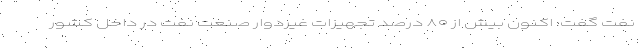
نفت گفت: اکنون بیش از ۸۰ درصد تجهیزات غیردوار صنعت نفت در داخل کشور